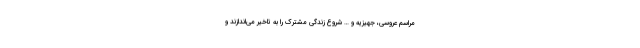
مراسم عروسی، جهیزیه و … شروع زندگی مشترک را به تاخیر می‌‌اندازند و